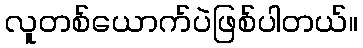
လူတစ်ယောက်ပဲဖြစ်ပါတယ်။